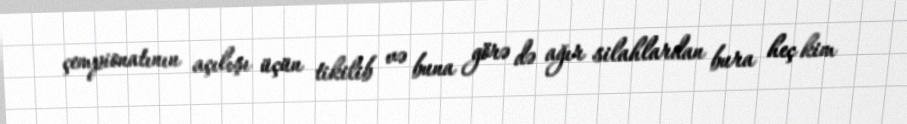
çempionatının açılışı üçün tikilib və buna görə də ağır silahlardan bura heç kim